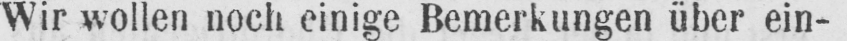
Wir wollen noch einige Bemerkungen über ein-